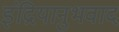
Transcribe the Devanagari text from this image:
इंद्रियानुभवाद